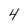
Character: 4